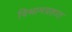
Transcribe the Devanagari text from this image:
विश्रामग्रहात